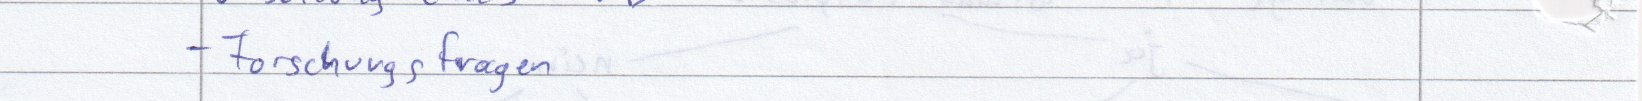
- Forschungsfragen